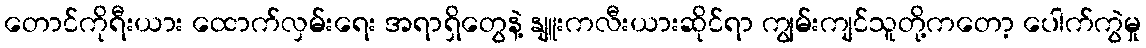
တောင်ကိုရီးယား ထောက်လှမ်းရေး အရာရှိတွေနဲ့ နျူးကလီးယားဆိုင်ရာ ကျွမ်းကျင်သူတို့ကတော့ ပေါက်ကွဲမှု